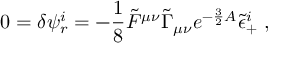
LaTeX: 0 = \delta \psi _ { r } ^ { i } = - { \frac { 1 } { 8 } } \tilde { F } ^ { \mu \nu } \tilde { \Gamma } _ { \mu \nu } e ^ { - { \frac { 3 } { 2 } } A } \tilde { \epsilon } _ { + } ^ { i } \ ,